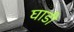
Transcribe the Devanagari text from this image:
घाडी